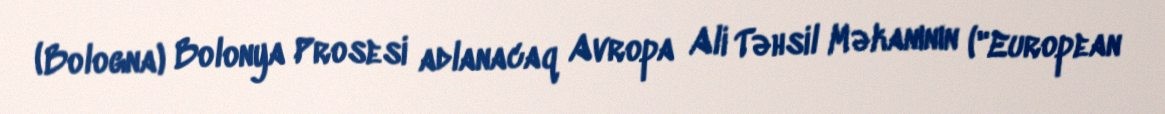
(Bologna) Bolonya Prosesi adlanacaq Avropa Ali Təhsil Məkanının ("European